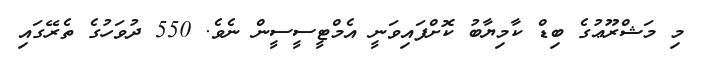
މި މަޝްރޫޢުގެ ބިޑް ކާމިޔާބު ކޮށްފައިވަނީ އެމްޓީސީސީން ނެވެ. 550 ދުވަހުގެ ތެރޭގައި